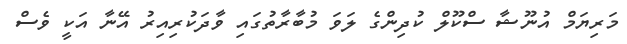
މަރިޔަމް އުނޫޝާ ސްކޫލް ކުދިންގެ ލަވަ މުބާރާތުގައި ވާދަކުރިއިރު އޭނާ އަކީ ވެސް